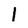
Character: l